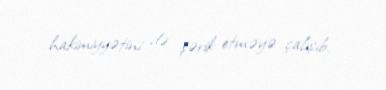
hakimiyyətini də şərik etməyə çalışıb.